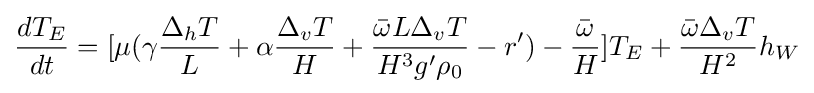
{\frac {dT_{E}}{dt}}=[\mu (\gamma {\frac {\Delta _{h}T}{L}}+\alpha {\frac {\Delta _{v}T}{H}}+{\frac {{\bar {\omega }}L\Delta _{v}T}{H^{3}g'\rho _{0}}}-r')-{\frac {\bar {\omega }}{H}}]T_{E}+{\frac {{\bar {\omega }}\Delta _{v}T}{H^{2}}}h_{W}